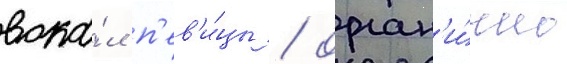
вока́л п'ев'и́цы / орган'и́чно